Destruction of fleas by exposure to the sun - Number 40
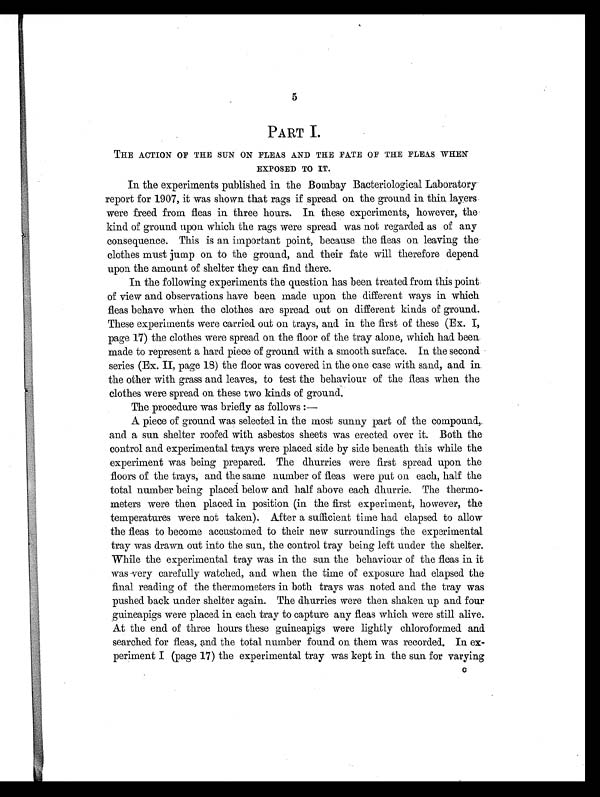
5
PART I.
THE ACTION OF THE SUN ON FLEAS AND THE FATE OF THE FLEAS WHEN
EXPOSED TO IT.
In the experiments published in the Bombay Bacteriological Laboratory
report for 1907, it was shown that rags if spread on the ground in thin layers
were freed from fleas in three hours. In these experiments, however, the
kind of ground upon which the rags were spread was not regarded as of any
consequence. This is an important point, because the fleas on leaving the
clothes must jump on to the ground, and their fate will therefore depend
upon the amount of shelter they can find there.
In the following experiments the question has been treated from this point
of view and observations have been made upon the different ways in which
fleas behave when the clothes are spread out on different kinds of ground.
These experiments were carried out on trays, and in the first of these (Ex. I,
page 17) the clothes were spread on the floor of the tray alone, which had been
made to represent a hard piece of ground with a smooth surface. In the second
series (Ex. II, page 18) the floor was covered in the one case with sand, and in
the other with grass and leaves, to test the behaviour of the fleas when the
clothes were spread on these two kinds of ground.
The procedure was briefly as follows :—
A piece of ground was selected in the most sunny part of the compound,
and a sun shelter roofed with asbestos sheets was erected over it. Both the
control and experimental trays were placed side by side beneath this while the
experiment was being prepared. The dhurries were first spread upon the
floors of the trays, and the same number of fleas were put on each, half the
total number being placed below and half above each dhurrie. The thermo-
meters were then placed in position (in the first experiment, however, the
temperatures were not taken). After a sufficient time had elapsed to allow
the fleas to become accustomed to their new surroundings the experimental
tray was drawn out into the sun, the control tray being left under the shelter.
While the experimental tray was in the sun the behaviour of the fleas in it
was very carefully watched, and when the time of exposure had elapsed the
final reading of the thermometers in both trays was noted and the tray was
pushed back under shelter again. The dhurries were then shaken. up and four
guineapigs were placed in each tray to capture any fleas which were still alive.
At the end of three hours these guineapigs were lightly chloroformed and
searched for fleas, and the total number found on them was recorded. In ex-
periment I (page 17) the experimental tray was kept in the sun for varying
c